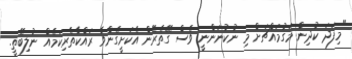
"މިފަދަ ކުދިން މަގުމައްޗަށް މި ނުކުނަންނީ ވެސް ގޭތެރޭން އެކަށީގެންވާ ރައްކާތެރިކަމެއް ނުލިބޭތީ.